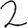
Digit: 2